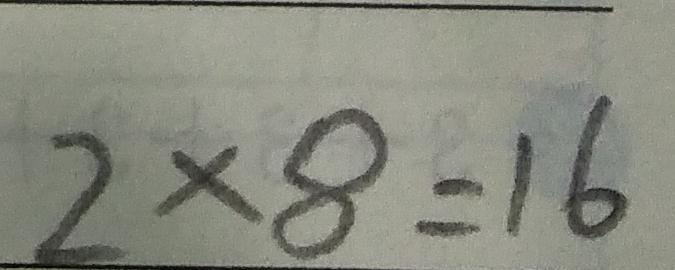
2 \times 8 = 1 6